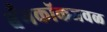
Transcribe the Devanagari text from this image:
बँगकॉकजवळ